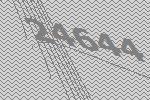
24644